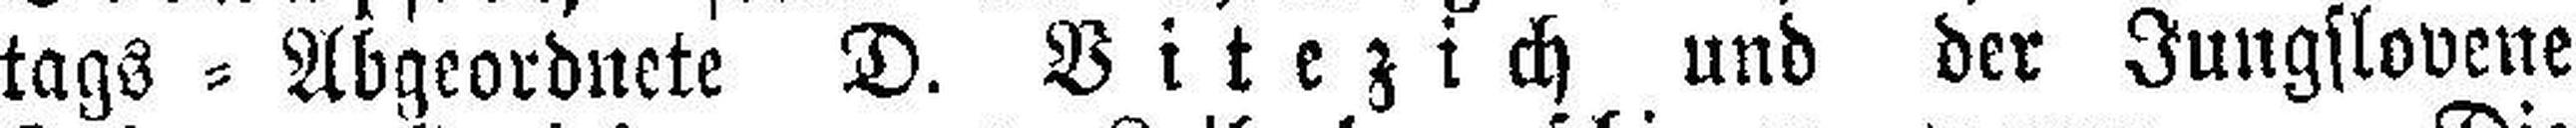
tags = Abgeordnete D. Vitezich und der Jungslovene